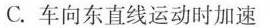
C.车向东直线运动时加速